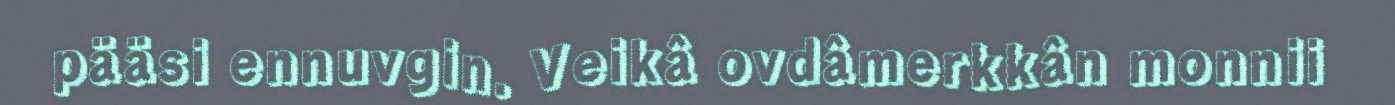
pääsi ennuvgin. Veikâ ovdâmerkkân monnii